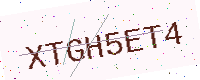
Text: XTGH5ET4